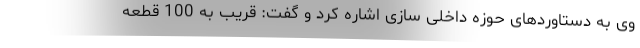
وی به دستاوردهای حوزه داخلی سازی اشاره کرد و گفت: قریب به 100 قطعه